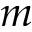
m